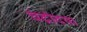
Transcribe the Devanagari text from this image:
चंद्रोदया